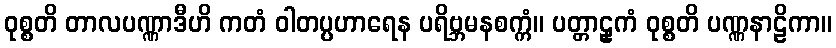
ဝုစ္စတိ တာလပဏ္ဏာဒီဟိ ကတံ ဝါတပ္ပဟာရေန ပရိဗ္ဘမနစက္ကံ။ ပတ္တာဠှကံ ဝုစ္စတိ ပဏ္ဏနာဠိကာ။